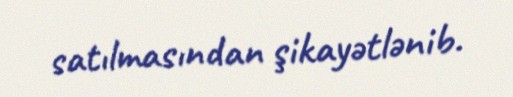
satılmasından şikayətlənib.